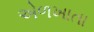
એળખાતા